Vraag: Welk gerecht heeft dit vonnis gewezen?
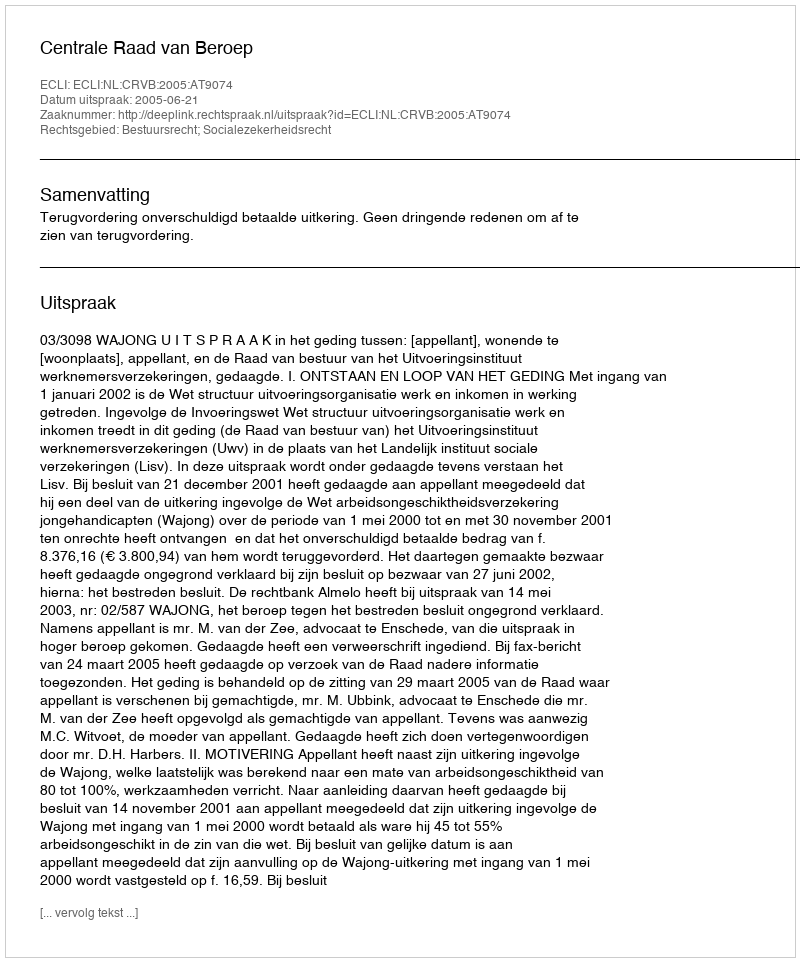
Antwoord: Centrale Raad van Beroep